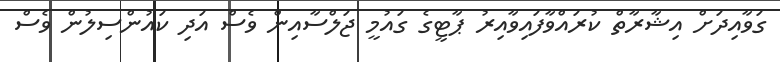
ގަވާއިދަށް އިޝާރާތް ކުރައްވާފައިވާއިރު ޕާޓީގެ ގައުމީ ޖަލްސާއިން ވެސް އަދި ކައުންސިލުން ވެސް